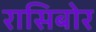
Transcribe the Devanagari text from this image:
रासिबोर